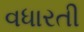
વધારતી